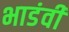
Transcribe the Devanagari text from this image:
भाडंवी